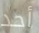
أحد